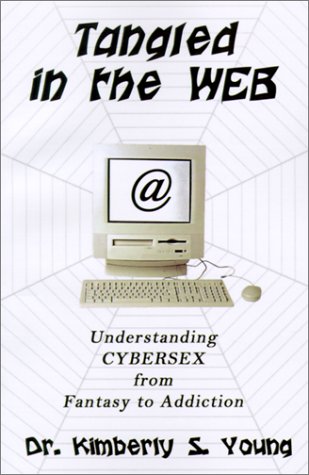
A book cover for Tangled in the Web: Understanding Cybersex from Fantasy to Addiction; Kimberly S. Young; Health, Fitness & Dieting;